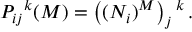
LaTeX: P _ { i j } { } ^ { k } ( M ) = \left( ( N _ { i } ) ^ { M } \right) _ { j } { } ^ { k } \, .